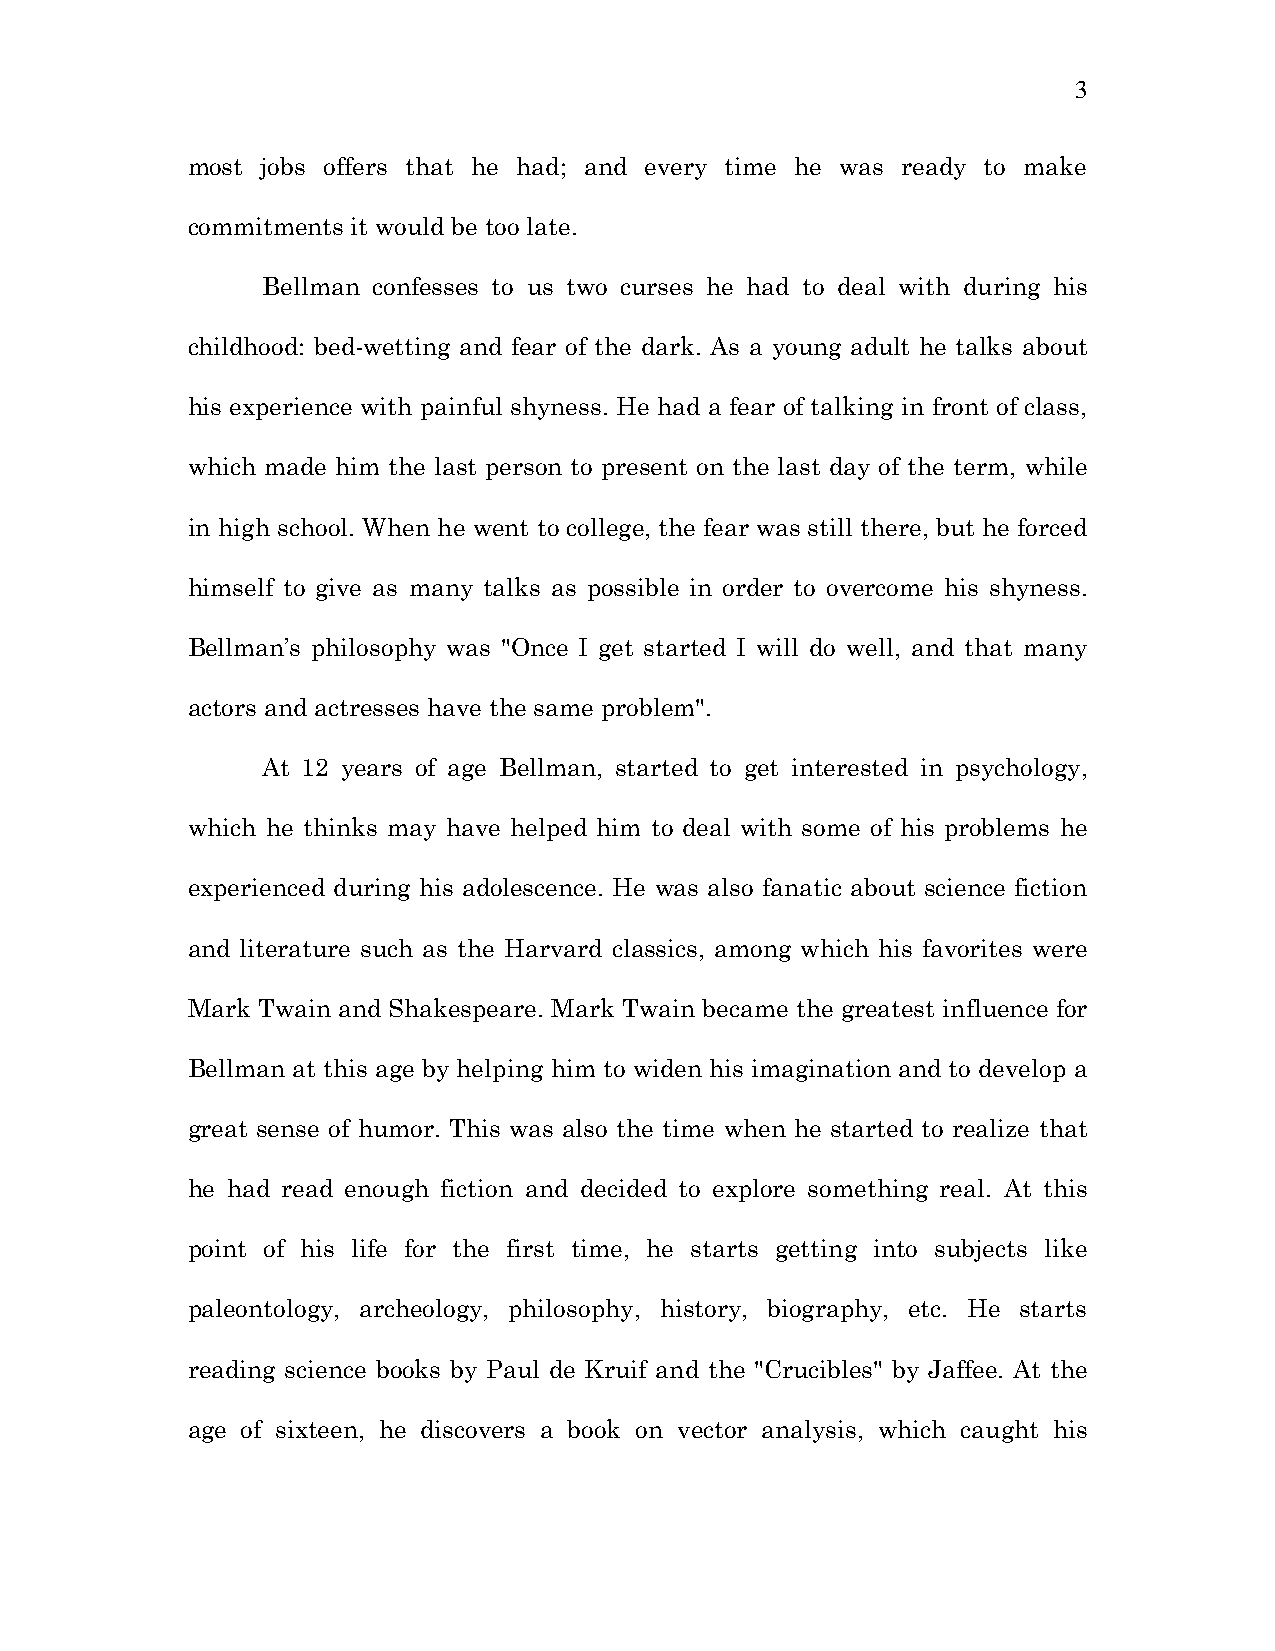
3
 most jobs offers that he had; and every time he was ready to make
 commitments it would be too late.
 Bellman confesses to us two curses he had to deal with during his
 childhood: bed-wetting and fear of the dark. As a young adult he talks about
 his experience with painful shyness. He had a fear of talking in front of class,
 which made him the last person to present on the last day of the term, while
 in high school. When he went to college, the fear was still there, but he forced
 himself to give as many talks as possible in order to overcome his shyness.
 Bellman’s philosophy was "Once I get started I will do well, and that many
 actors and actresses have the same problem".
 At 12 years of age Bellman, started to get interested in psychology,
 which he thinks may have helped him to deal with some of his problems he
 experienced during his adolescence. He was also fanatic about science fiction
 and literature such as the Harvard classics, among which his favorites were
 Mark Twain and Shakespeare. Mark Twain became the greatest influence for
 Bellman at this age by helping him to widen his imagination and to develop a
 great sense of humor. This was also the time when he started to realize that
 he had read enough fiction and decided to explore something real. At this
 point of his life for the first time, he starts getting into subjects like
 paleontology, archeology, philosophy, history, biography, etc. He starts
 reading science books by Paul de Kruif and the "Crucibles" by Jaffee. At the
 age of sixteen, he discovers a book on vector analysis, which caught his